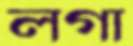
লগা